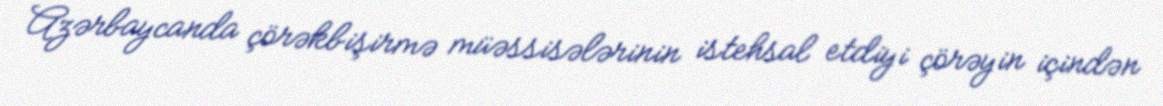
Azərbaycanda çörəkbişirmə müəssisələrinin istehsal etdiyi çörəyin içindən